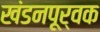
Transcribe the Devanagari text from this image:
खंडनपूर्वक